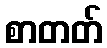
စာတတ်